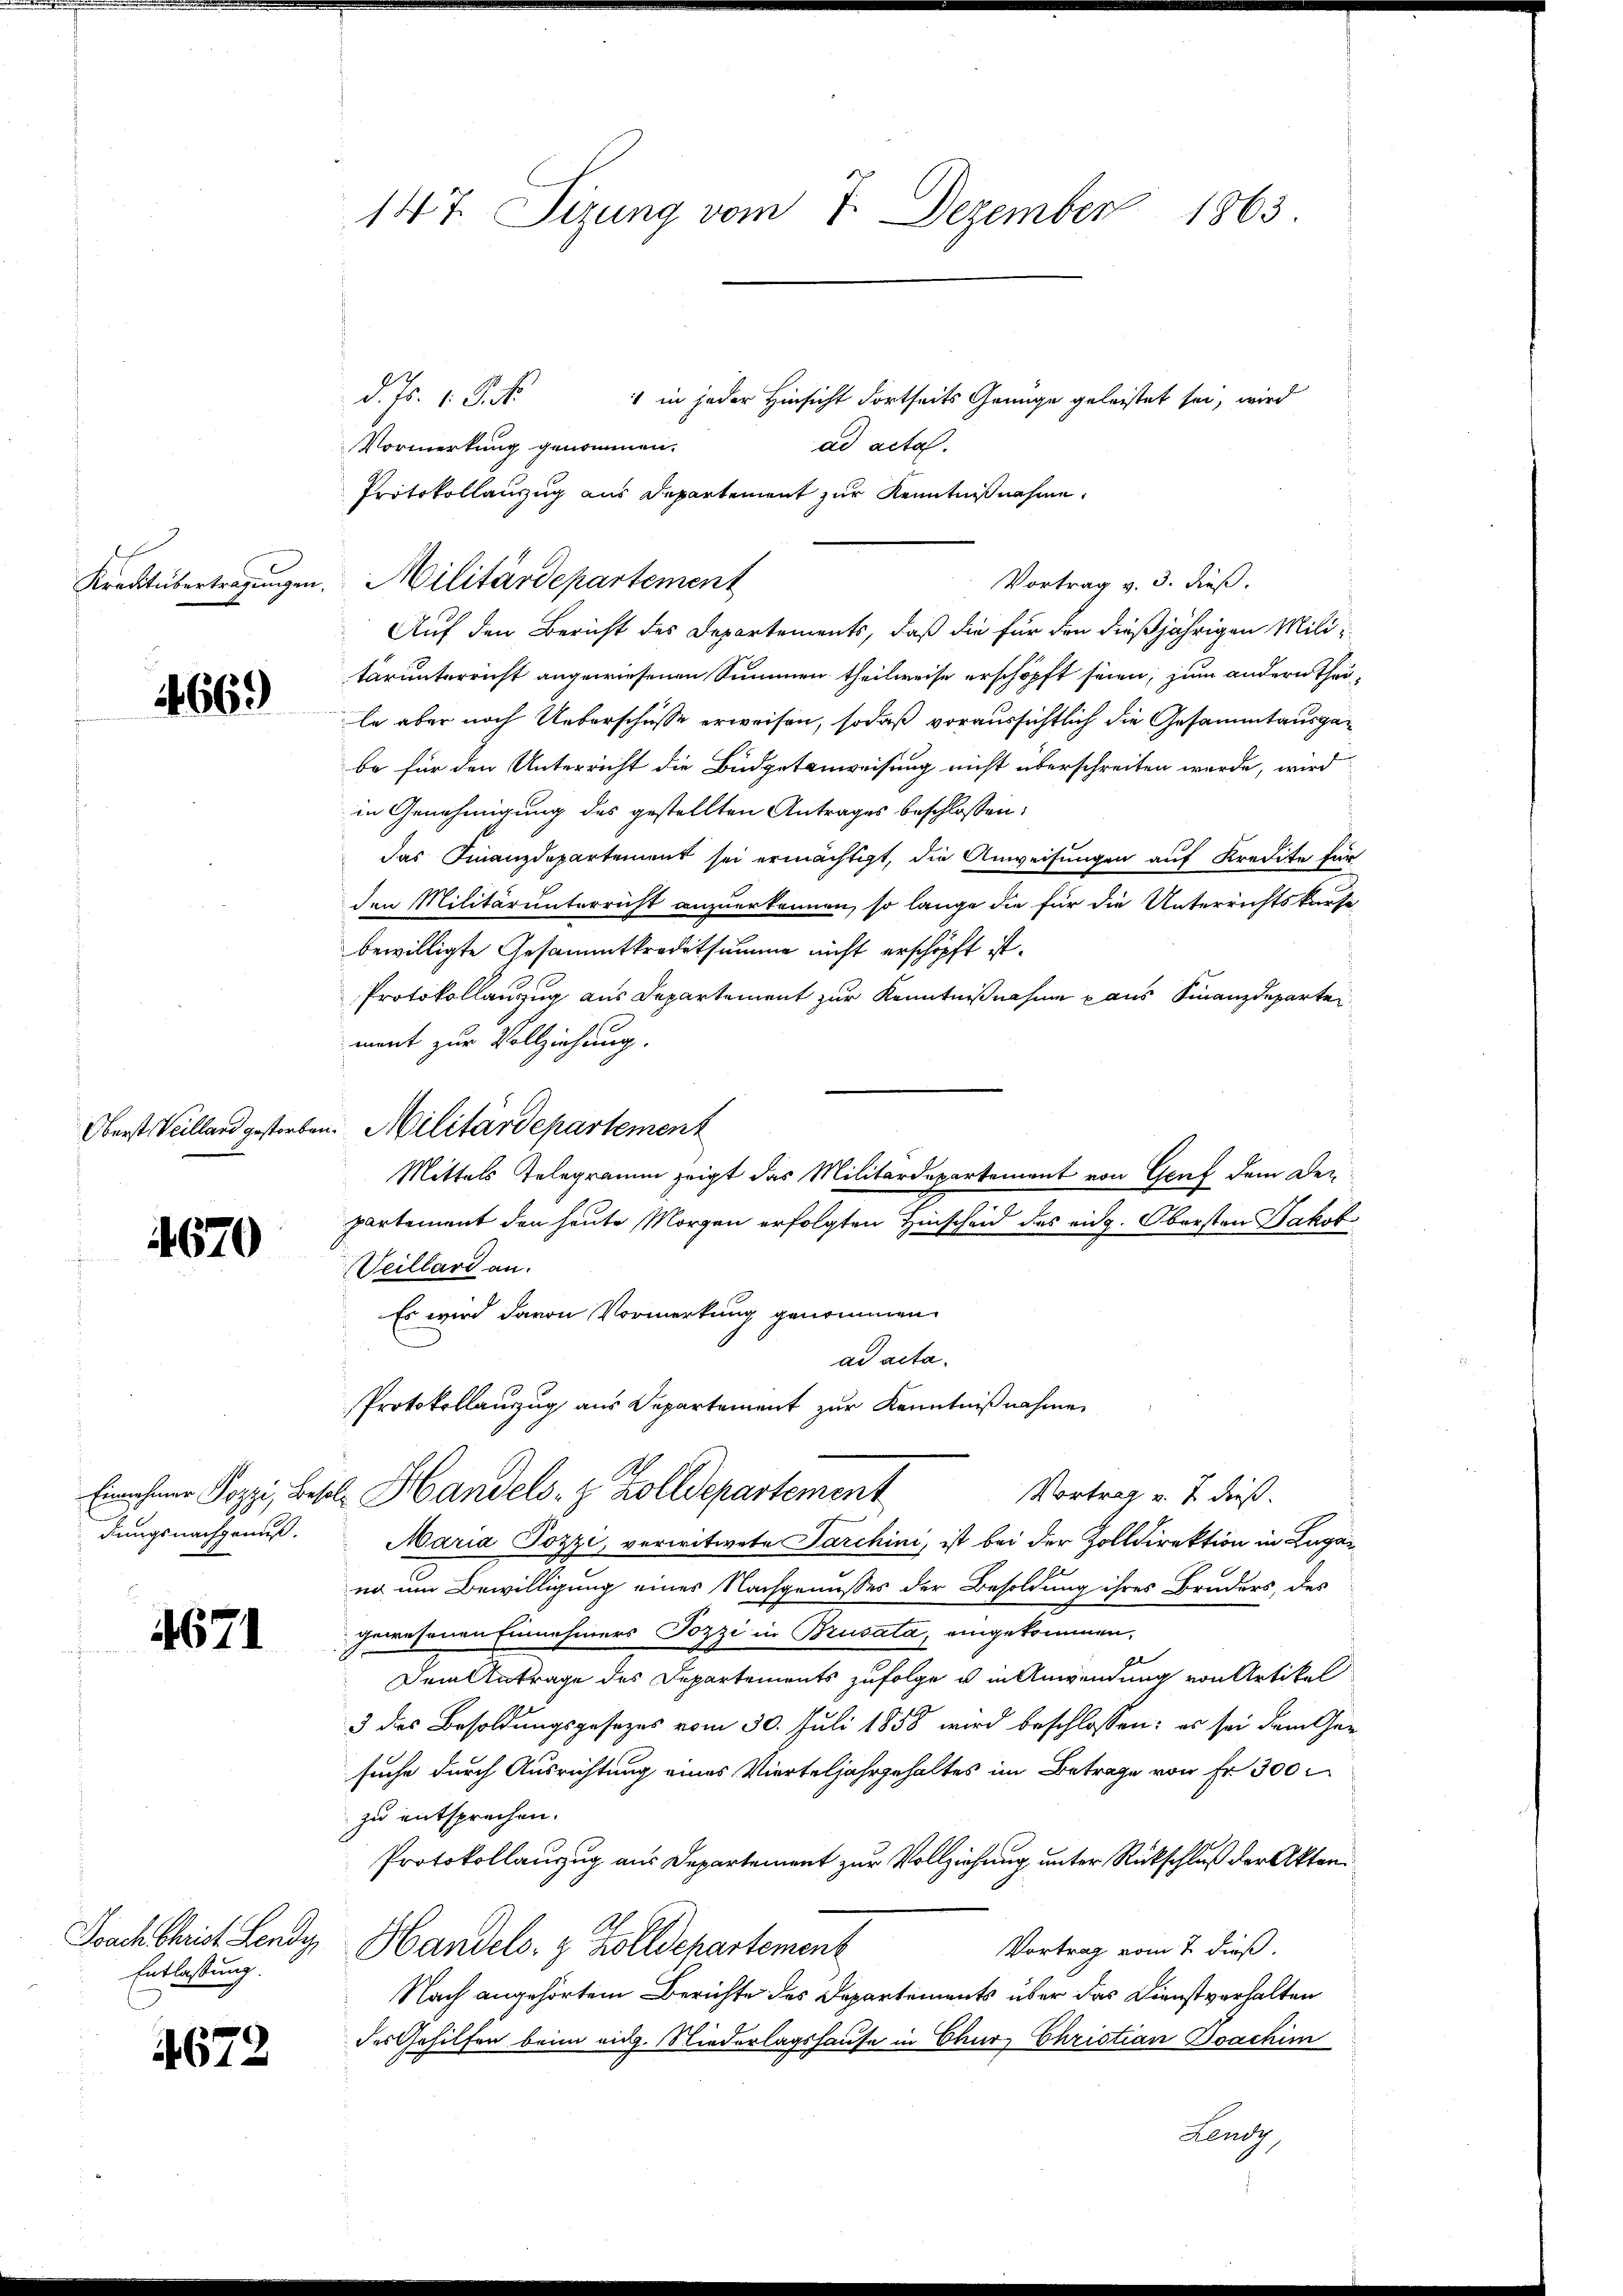
Kreditübertragungen.

4669

Oberst Veilland gestorb

4670

Einnahmer Pozzi, Be
dungsnachgenuß.

4671

Joach Christ Lendy
Entlassung.

4672

147. Sizung vom 7. Dezember 1863

d. Js. 1. St.
1 in jeder Hinsicht dortseits Genüge geleistet sei, wird
ad acta.
Vormerkung genommen.
Protokollanzug aus Departement zur Kenntnißnahme.
Militärdepartement
Vortrag v. 3. dieß.
Auf den Bericht des Departements, daß die für den dießjährigen Militarunterricht angewiesenen Summen theilweise erschöpft seien, zum andern theile aber noch Ueberschüsse erweisen, sodaß voraussichtlich die Gesammtausgebe für den Unterricht die Budgetanweisung nicht überschreiten werde, wird
in Genehmigung des gestellten Antrages beschlossen:
das Finanzdepartement sei ermächtigt, die Anweisungen auf Kredite für
den Militärunterricht anzuerkennen, so lange die für die Unterrichtskurse
bewilligte Gesammtkrodetsumme nicht erschöpft ist.
Protokollanzug aus Departement zur Kenntnißnahme aus Finanzdeparten
ment zur Vollziehung.
"Militärdepartement
Mittels Telegramm zeigt das Militärdepartement von Genf dem De-
partement den heute Morgen erfolgten Hinscheid des eidg. Obersten Jakob
Veillard an.
Es wird davon Vormerkung genommen
ad acta.
Protokollauszug aus Departement zur Kenntnißnahmen
E. Handels- & Zolldepartement
Vortrag u. 2 dieß.
Maria Pozzi, verwitwete Sarchini, ist bei der Zolldirektion in Luganr um Bewilligung eines Nachgenusses der Besoldung ihres Bruders, des
gewesenen Einnehmers Pozzi in Brusata, eingekommen,
Dem Antrage des Departements zufolge u in Anwendung von Artikel
3 des Besoldungsgesezes vom 30. Juli 1858 wird beschlossen: es sei dem Gersuche durch Ausrichtung eines Vierteljahrgehaltes im Betrage von Fr. 300
zu entsprechen.
Protokollauszug aus Departement zur Vollziehung unter Rückschluß der Akten.
Handels- & Zolldepartement
Vortrag vom 7. dieß.
Nach angehörtem Berichte des Departements über das Dienstverhalten
des Gehilfen beim eidg. Niederlagshause in Chur, Christian Joachim
Lendy